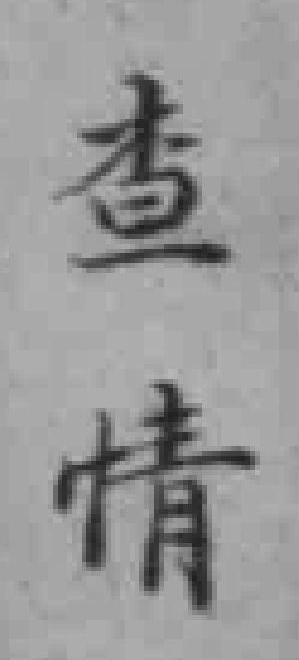
查情